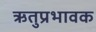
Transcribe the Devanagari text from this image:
ऋतुप्रभावक